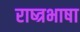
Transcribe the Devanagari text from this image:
राष्त्रभाषा